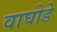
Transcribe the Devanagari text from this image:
वाघोडे